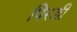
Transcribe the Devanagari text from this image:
पिरडी